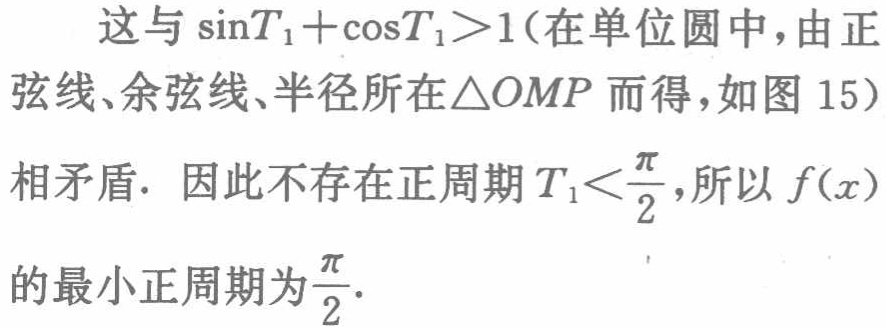
这与\(\sin T_{1}+\cos T_{1}>1\)（在单位圆中，由正弦线、余弦线、半径所在\(\triangle OMP\) 而得，如图 15）相矛盾. 因此不存在正周期\(T_{1}<\frac{\pi}{2}\)，所以\(f(x)\)的最小正周期为\(\frac{\pi}{2}\).